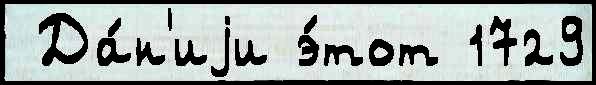
 Да́н'иjи э́тот 1729